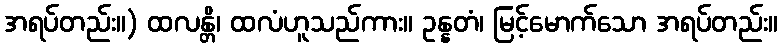
အရပ်တည်း။) ထလန္တိ၊ ထလံဟူသည်ကား။ ဥန္နတံ၊ မြင့်မောက်သော အရပ်တည်း။